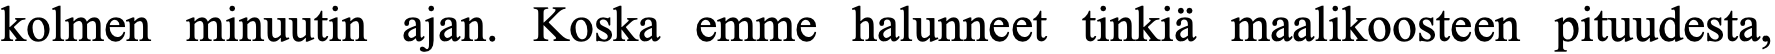
kolmen minuutin ajan. Koska emme halunneet tinkiä maalikoosteen pituudesta,